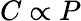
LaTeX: C\propto P